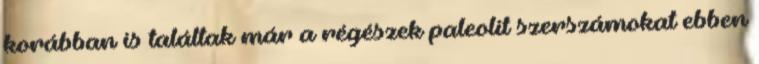
korábban is találtak már a régészek paleolit szerszámokat ebben